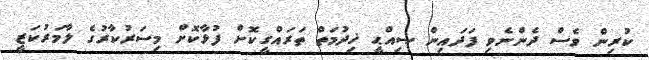
ކުރިން ވެސް ދެންނެވި ފަދައިން ޞިއްޙީ ޚިދުމަތް ތަރައްގީކޮށް ފުޅާކޮށް މިސަރުކާރުގެ ލާމަރުކަޒީ